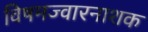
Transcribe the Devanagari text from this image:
विषमज्वारनाशक